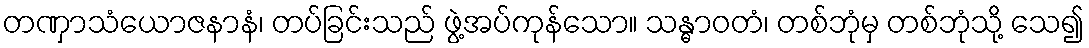
တဏှာသံယောဇနာနံ၊ တပ်ခြင်းသည် ဖွဲ့အပ်ကုန်သော။ သန္ဓာဝတံ၊ တစ်ဘုံမှ တစ်ဘုံသို့ သေ၍